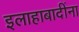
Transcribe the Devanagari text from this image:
इलाहाबादींना